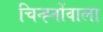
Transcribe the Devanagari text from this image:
चिन्ह्नोंवाला